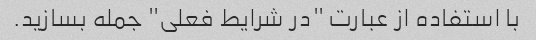
با استفاده از عبارت "در شرایط فعلی" جمله بسازید.